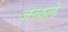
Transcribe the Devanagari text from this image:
जळले